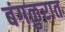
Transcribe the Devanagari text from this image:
बंगळुरात